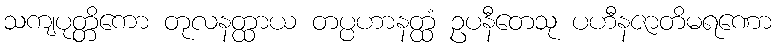
သကျပုတ္တိကော တုလနတ္ထာယ တပ္ပဟာနတ္ထံ ဥပနီတေသု ပဟီနဇာတိမရဏော